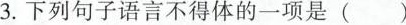
3.下列句子语言不得体的一项是( )